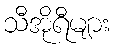
သီအိုရီများ